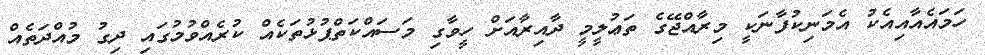
ހަމައެއާއިއެކު އެމަނިކުފާނަކީ މިރާއްޖޭގެ ތަޢުލީމީ ދާއިރާއަށް ހީވާގި މަސައްކަތްޕުޅުތަކެއް ކުރެއްވުމުގައި ދިގު މުއްދަތެއް